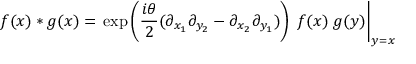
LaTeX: f ( x ) * g ( x ) = \left. \exp \left( \frac { i \theta } { 2 } ( \partial _ { x _ { 1 } } \partial _ { y _ { 2 } } - \partial _ { x _ { 2 } } \partial _ { y _ { 1 } } ) \right) \; f ( x ) \; g ( y ) \right| _ { y = x }